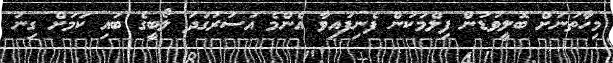
މިހާތަނަށް ބޮލީވުޑުން ފިލްމަކުން ފެނިފައިވާ އެންމެ އަސަރުގަދަ ލޯބީގެ ބައި ކަމަށް ގިނަ